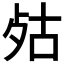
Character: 𣧮